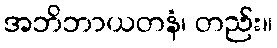
အဘိဘာယတနံ၊ တည်း။